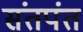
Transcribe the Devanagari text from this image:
संतपंत